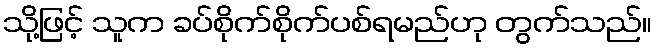
သို့ဖြင့် သူက ခပ်စိုက်စိုက်ပစ်ရမည်ဟု တွက်သည်။